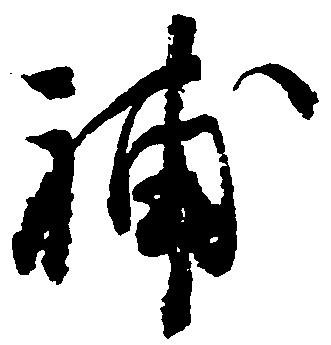
補